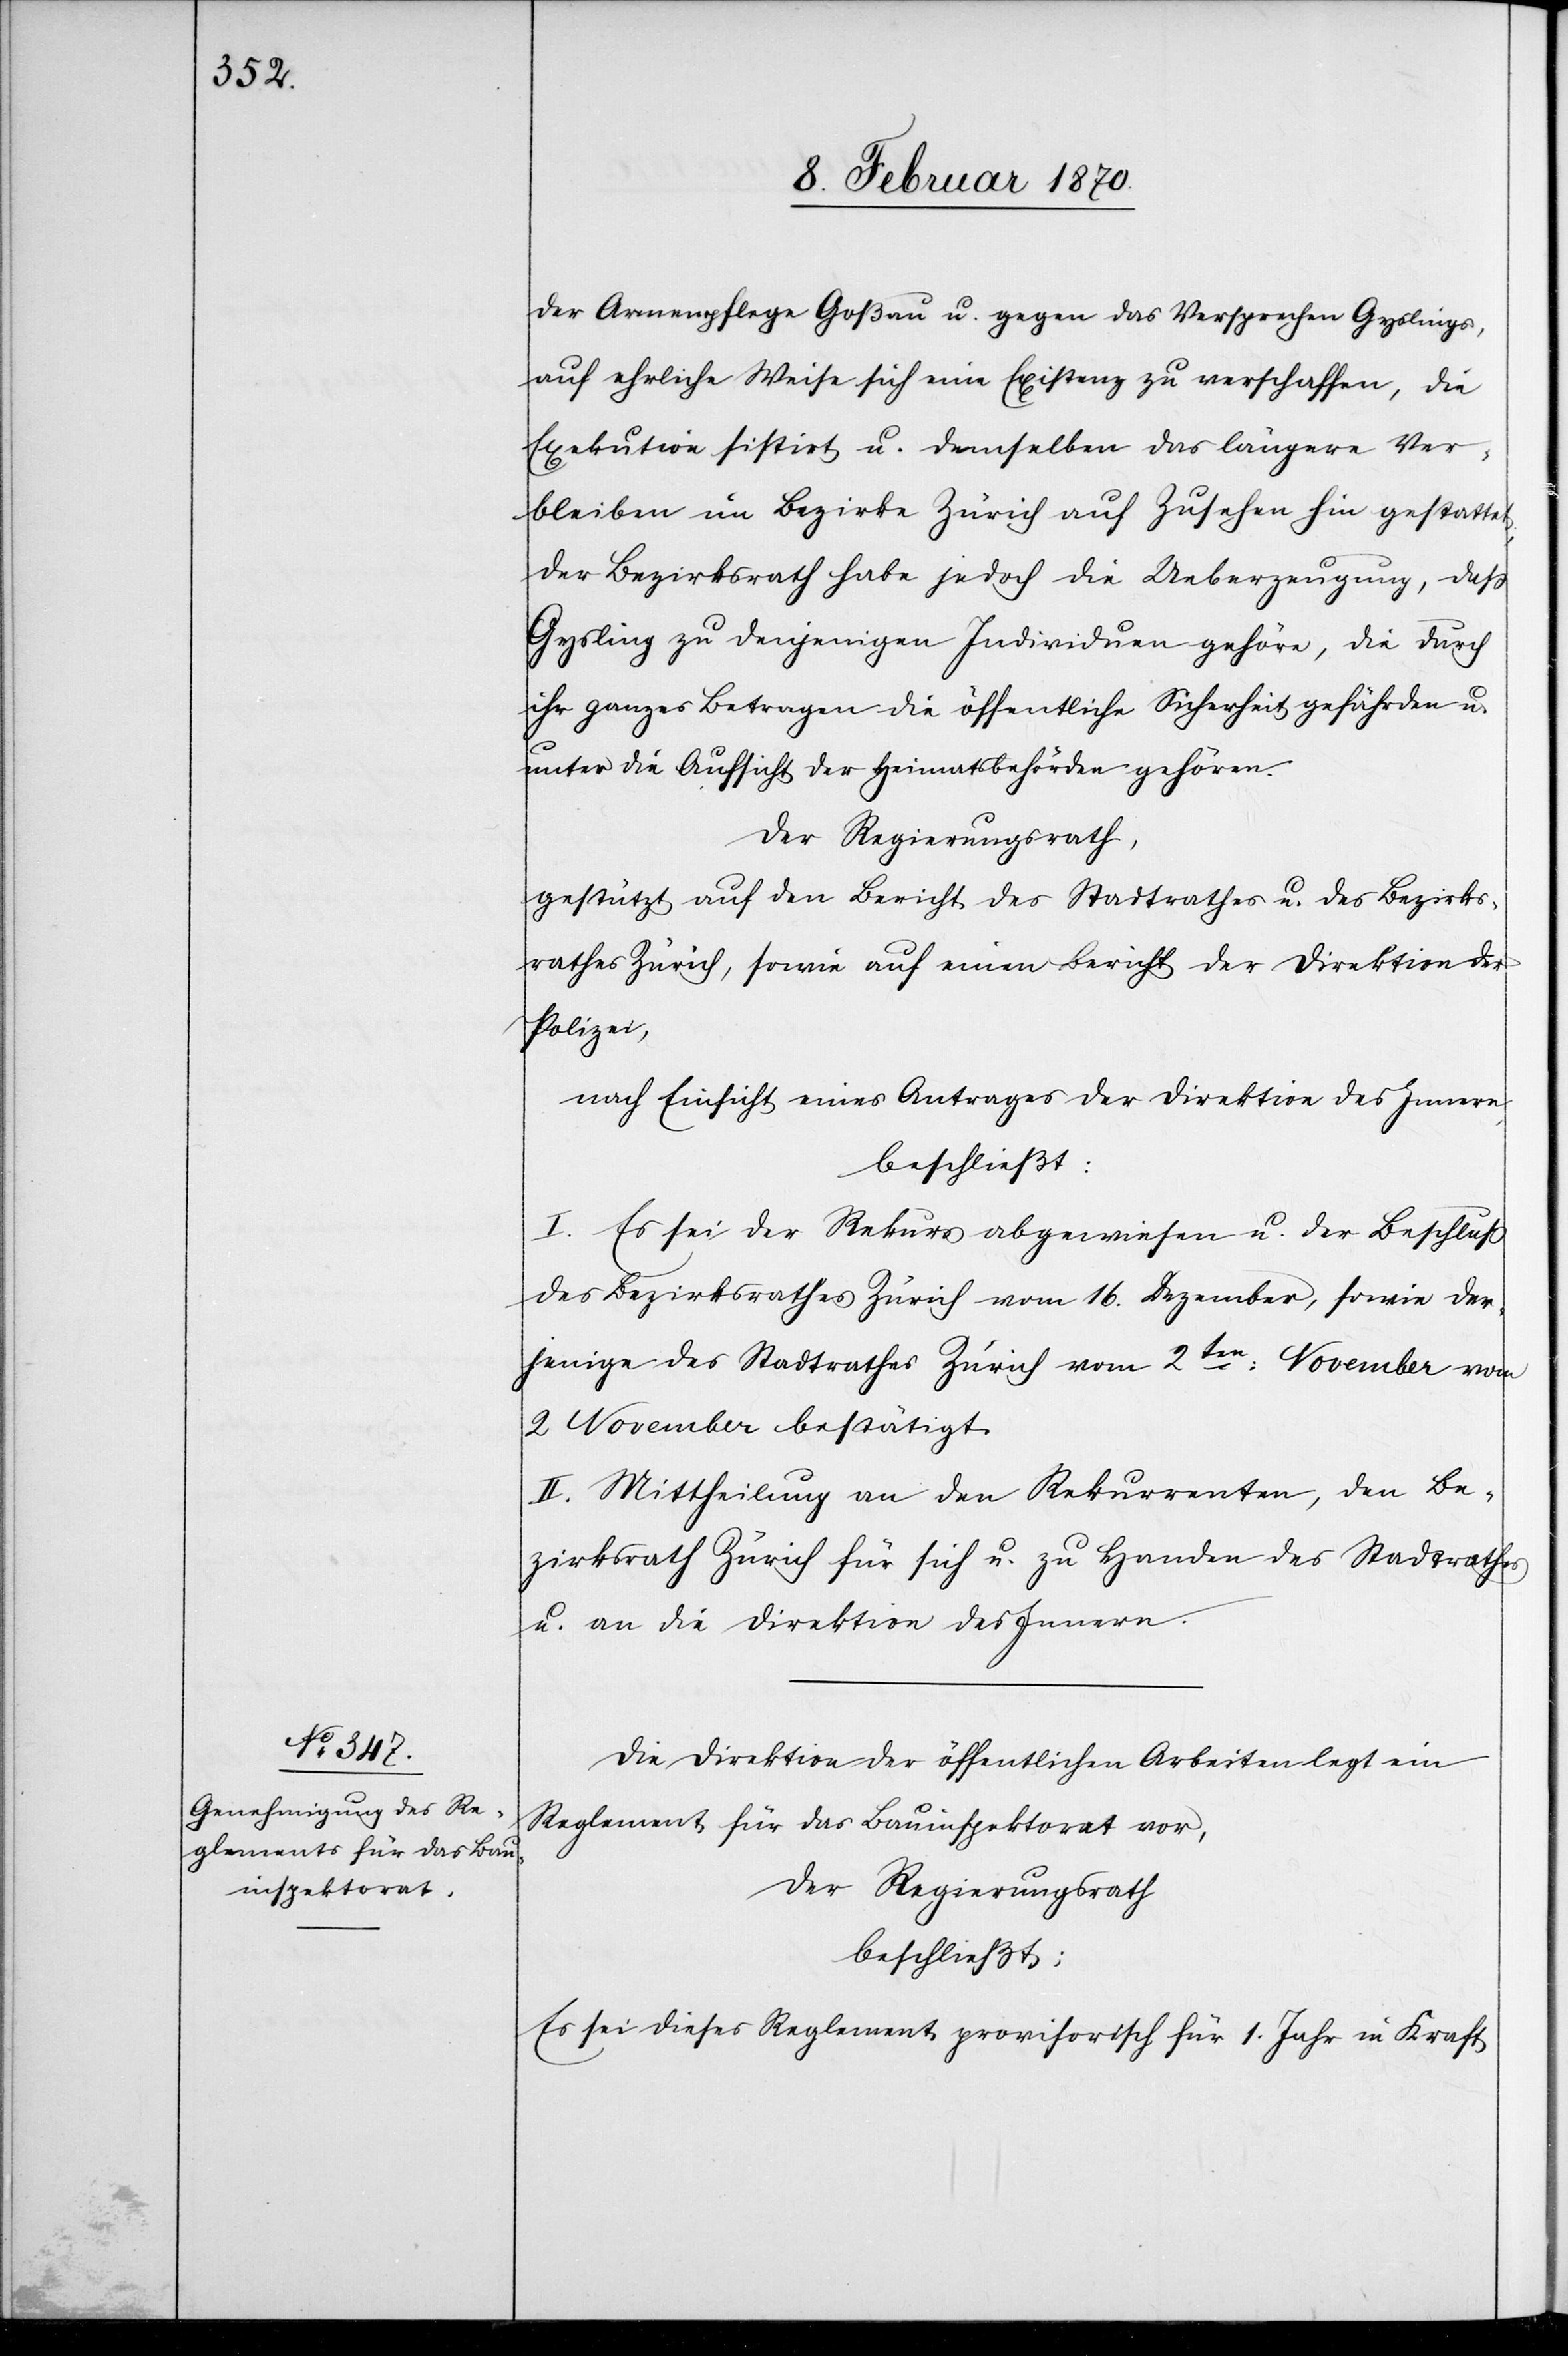
der Armenpflege Goßau u. gegen das Versprechen Gyslings,
auf ehrliche Weise sich eine Existenz zu verschaffen, die
Exekution sistirt u. demselben das längere Ver¬
bleiben im Bezirke Zürich auf Zusehen hin gestattet.
Der Bezirksrath habe jedoch die Ueberzeugung, dass
Gysling zu denjenigen Individuen gehöre, die durch
ihr ganzes Betragen die öffentliche Sicherheit gefährden u.
unter die Aufsicht der Heimatsbehörden gehören.
Der Regierungsrath,
gestützt auf den Bericht des Stadtrathes u. des Bezirks¬
rathes Zürich, sowie auf einen Bericht der Direktion der
Polizei,
nach Einsicht eines Antrages der Direktion des Innern,
beschließt:
I. Es sei der Rekurs abgewiesen u. der Beschluss
des Bezirksrathes Zürich vom 16. Dezember, sowie der¬
jenige des Stadtrathes Zürich vom 2ten: November vom
2 November [sic!] bestätigt.
II. Mittheilung an den Rekurrenten, den Be¬
zirksrath Zürich für sich u. zu Handen des Stadtrathes
u. an die Direktion des Innern.
Die Direktion der öffentlichen Arbeiten legt ein
Reglement für das Bauinspektorat vor,
Der Regierungsrath
beschließt:
Es sei dieses Reglement provisorisch für das 1. Jahr in Kraft